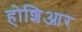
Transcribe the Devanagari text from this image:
होशिआर